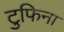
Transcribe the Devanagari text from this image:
टुफिना